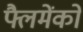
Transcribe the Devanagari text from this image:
फ्लैमेंको